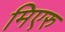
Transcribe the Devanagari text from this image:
मिएरु